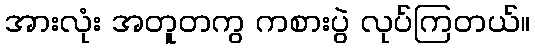
အားလုံး အတူတကွ ကစားပွဲ လုပ်ကြတယ်။